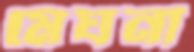
মেঘনা